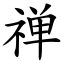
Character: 禅